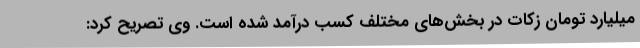
میلیارد تومان زکات در بخش‌های مختلف کسب درآمد شده است. وی تصریح کرد: